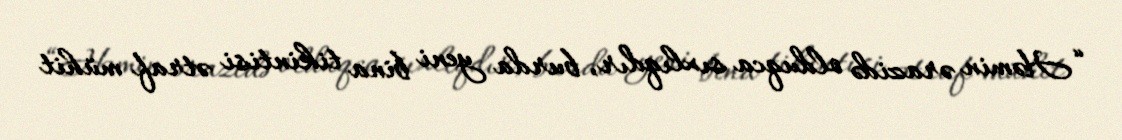
“Həmin ərazidə olduqca sıxlıqdır, burda yeni bina tikintisi ətraf mühit